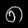
Digit: ၈